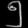
Digit: ၅